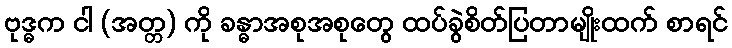
ဗုဒ္ဓက ငါ (အတ္တ) ကို ခန္ဓာအစုအစုတွေ ထပ်ခွဲစိတ်ပြတာမျိုးထက် စာရင်